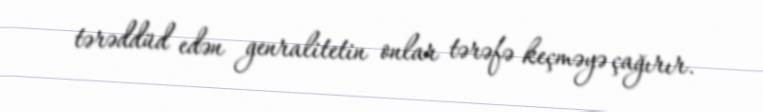
tərəddüd edən genralitetin onlar tərəfə keçməyə çağırır.